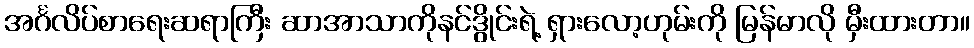
အင်္ဂလိပ်စာရေးဆရာကြီး ဆာအာသာကိုနင်ဒွိုင်းရဲ့ ရှားလော့ဟုမ်းကို မြန်မာလို မှီးထားတာ။